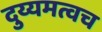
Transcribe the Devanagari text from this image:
दुय्यमत्वच